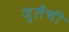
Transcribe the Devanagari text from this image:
जुलैची